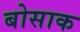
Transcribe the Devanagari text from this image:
बोसाक